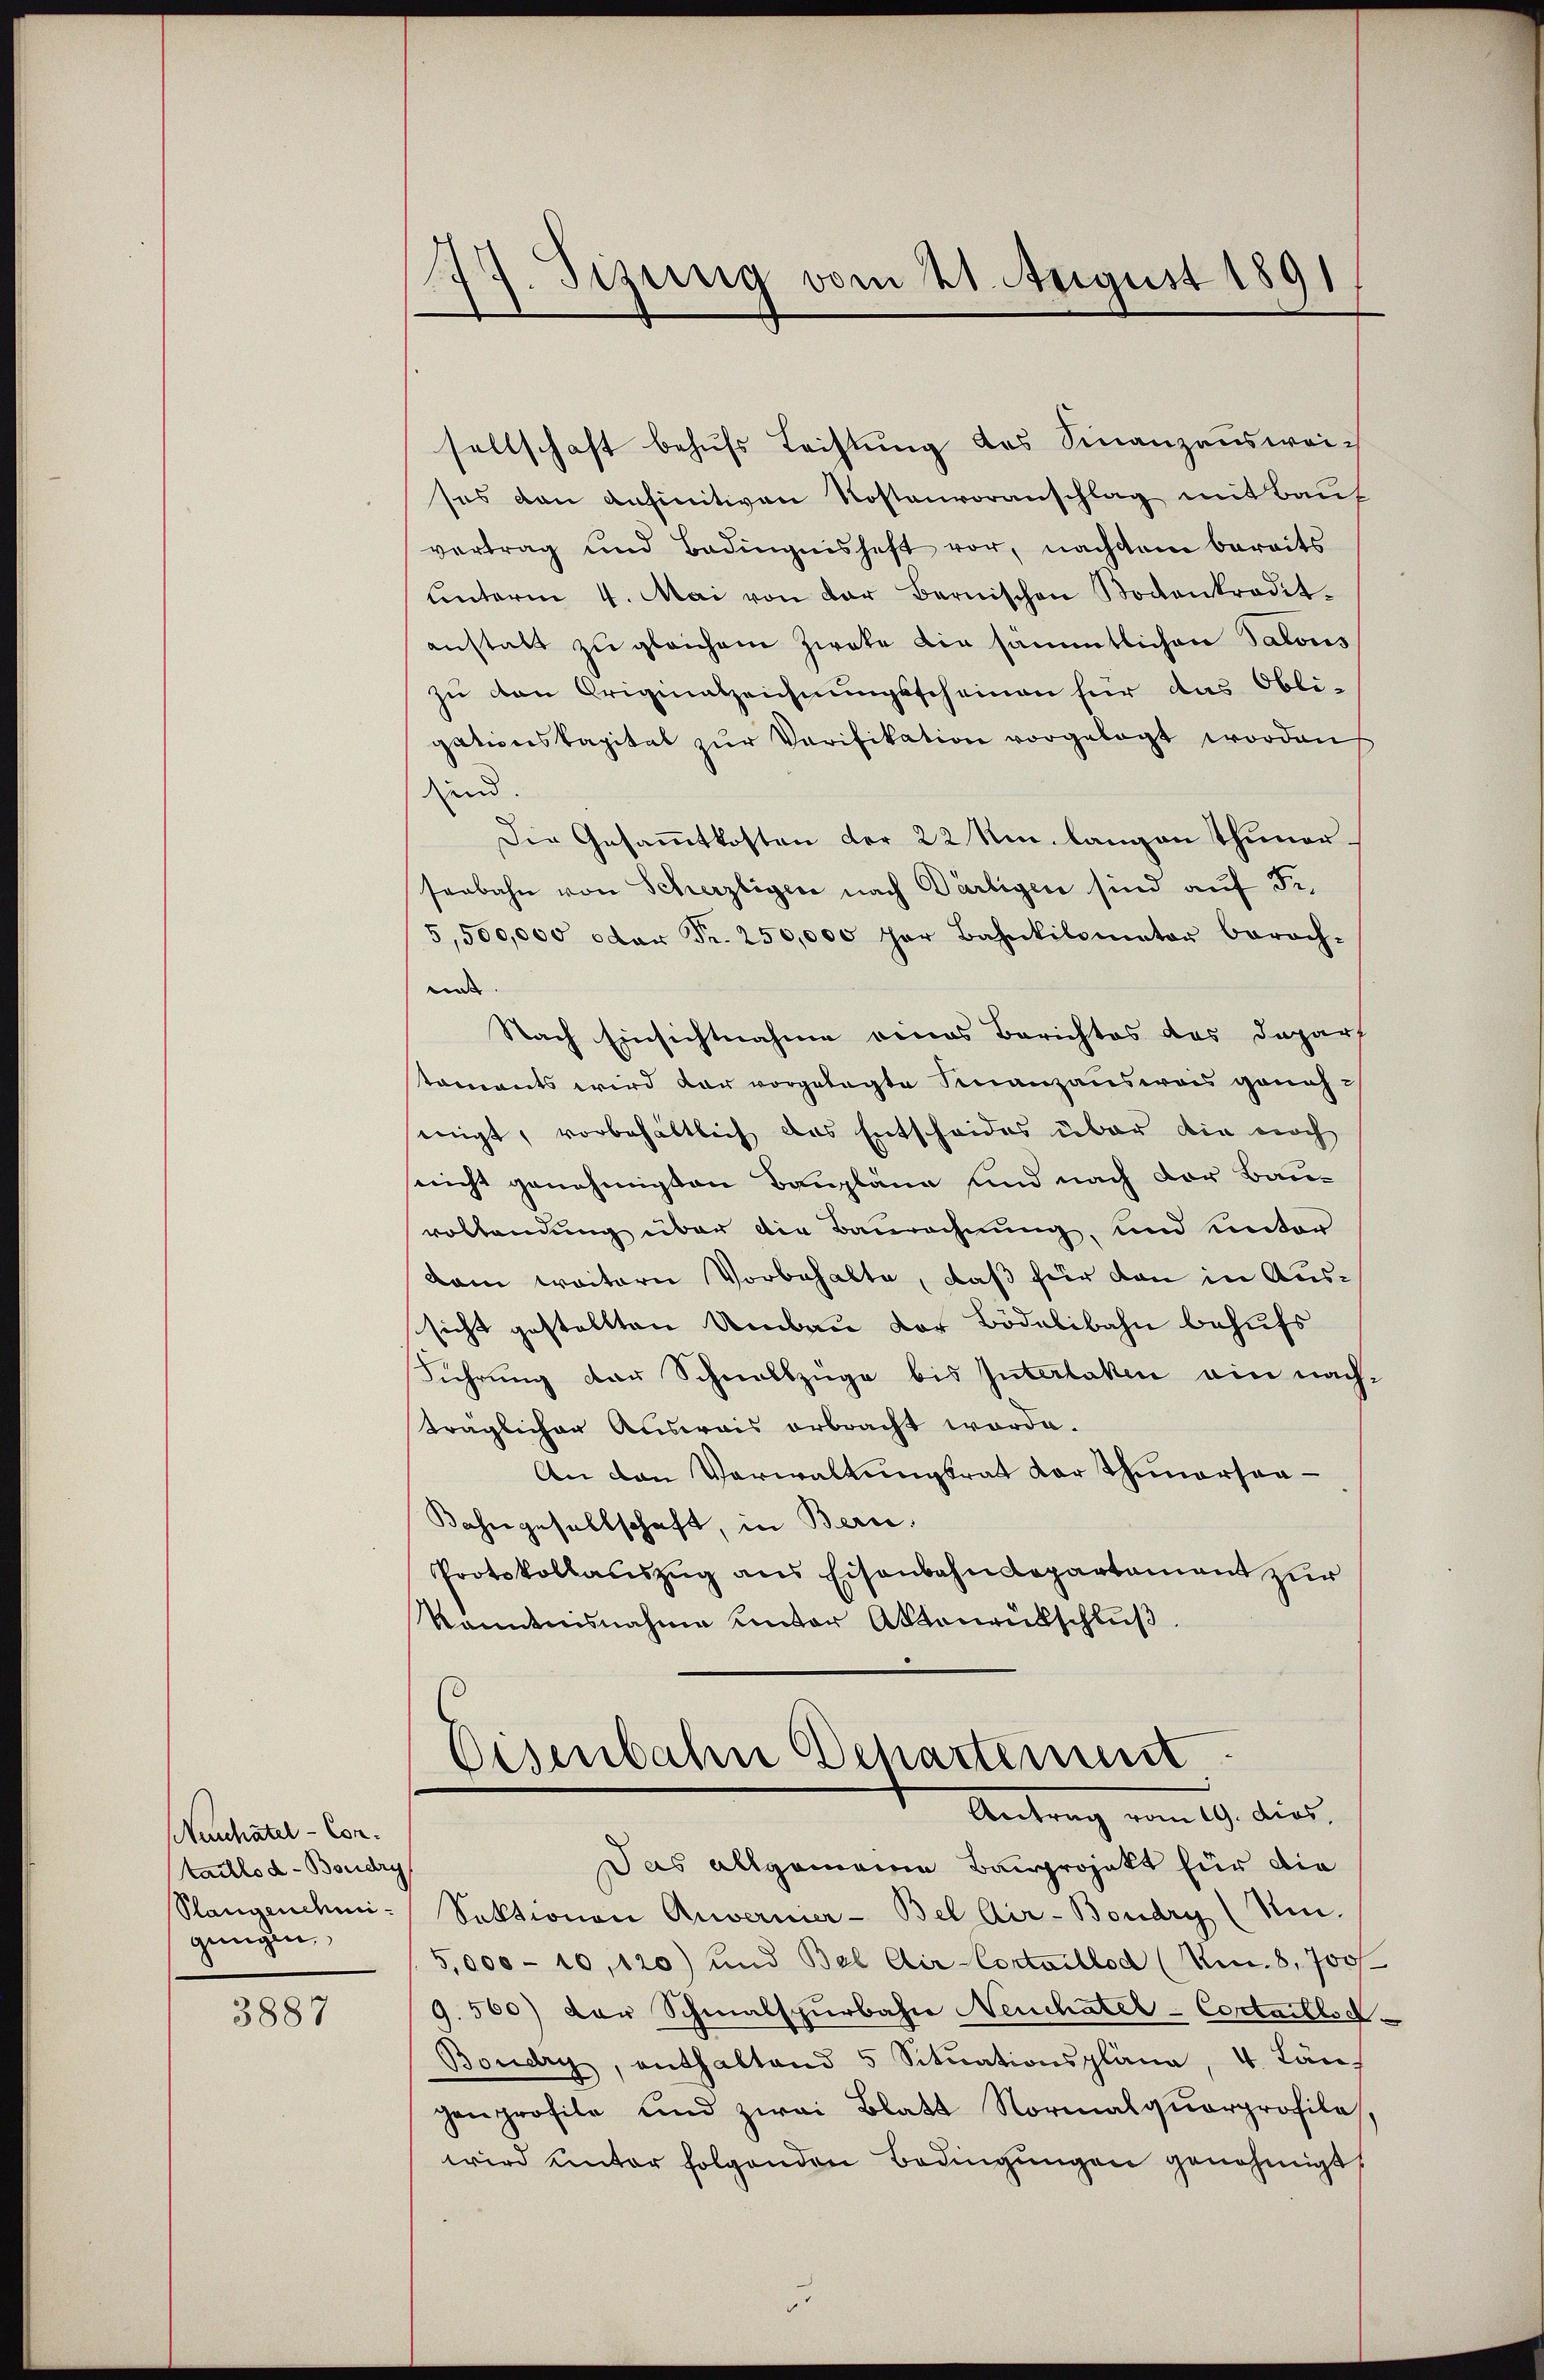
Hanhatel - Contaillod - Boudry
Slangenehmigungen.

3887

77. Sizung vom 21. August 1891

sellschaft behufs Lachtung des Finanzausweises den anfinitiven Kostenvoranschlag mit Bauf
vertrag und Badingnishaft vor, nachdem bereits
ŭnterm 4. Mai von der Bernischen Nockenkredit.
anstalt zu gleichem Zweke die sämmtlichen Salons
zu den Originalzeichnungsscheinen für das Obli-
gationskapital zur Verifikation vorgelegt worden
sind.
Die Gesammtkosten der 22 m langen Thunersenbahn von Scherzligen nach Därtigen sind auf Fe¬
5,500,000 oder Fr. 250,000 her Bahnkilomator berach-
e
Nach Einsichtnahme eines Berichtes das Depart
koments wird dar vorgelegte Finanzausweis genehsinigt, vorbehältlich das Entscheides über die noch
nicht genehmigten Baupläne und nach der Bau-
vollendung über die Baurechnung, und unter
kam weitern Vorbehalte, daß für den in Aussicht gestellten Umbau der Bödelibahn behufs
Führung der Schnellzüge bis Interlaken ein nachträglichen Auswais erbracht worde.
An den Verwaltungsrat der Thunersaa¬
Bahngesellschaft, in Bern.
Protokollauszug aus Eisenbahndepartament zur
kanntnisnahme unter Aktenrütschlŭβ

Eisenbahn Departement
Antrag vom 19. dies

Das allgemeine Bauprojekt für die
Sektionen Anverner-Bel Air-Boudry (Ni.
5,000 - 10,120) und Bel Dir Cortaillod (Ren.8, Joch
9.500) der Schmalspurbahre Neuchater-Cortaillod
Boudry, enthaltend 5 Sitŭationspläne, 4. Län
genprofile und zwai Blatt Normalqŭarprofile,
wird unter folgenden Bedingŭngen genehmigt,